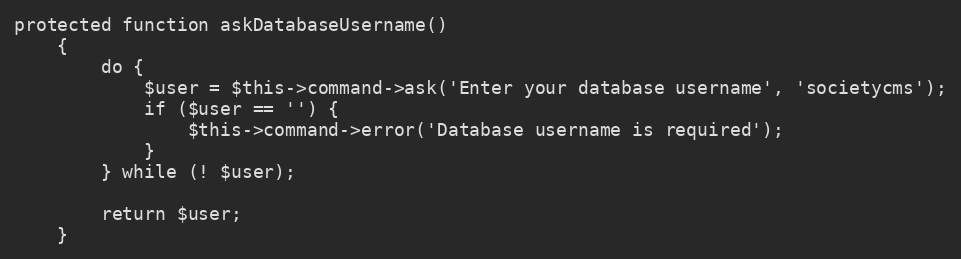
Language: PHP
protected function askDatabaseUsername()
    {
        do {
            $user = $this->command->ask('Enter your database username', 'societycms');
            if ($user == '') {
                $this->command->error('Database username is required');
            }
        } while (! $user);

        return $user;
    }